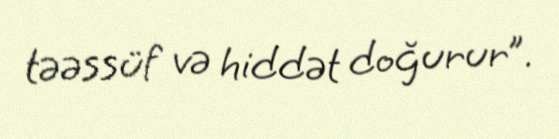
təəssüf və hiddət doğurur”.